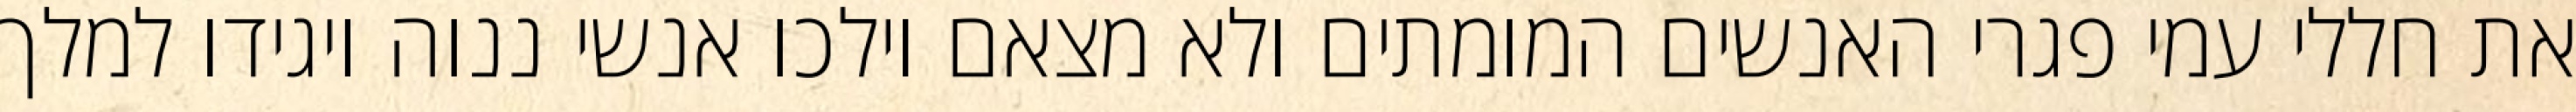
את חללי עמי פגרי האנשים המומתים ולא מצאם וילכו אנשי ננוה ויגידו למלך